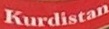
Kurdistan